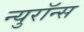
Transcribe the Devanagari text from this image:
न्युरॉन्स